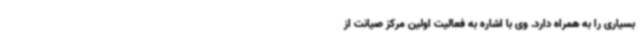
بسیاری را به همراه دارد. وی با اشاره به فعالیت اولین مرکز صیانت از